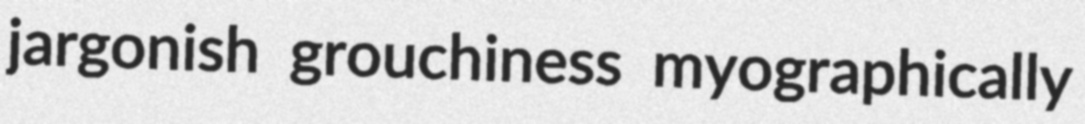
jargonish grouchiness myographically